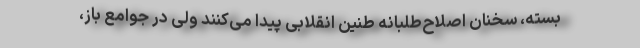
بسته، سخنان اصلاح‌طلبانه طنین انقلابی پیدا می‌کنند ولی در جوامع باز،